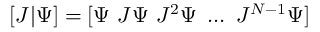
[ J \vert \Psi ] = [ \Psi \ J \Psi \ J ^ { 2 } \Psi \ \ldots \ J ^ { N - 1 } \Psi ]